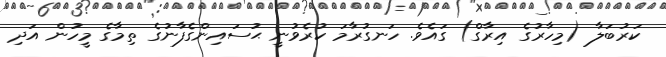
ކަރުބަލާ (މިހާރުގެ އިރާގް) ގައެވެ. ހަނގުރާމަ ކުރެވުނީ ޙުސައިންގެފާނުގެ ތިމާގެ މީހުން އަދި